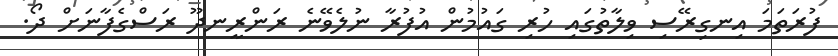
ފުރަތަމަ އިނގިރޭސި ވިލާތުގައި ހުރި ގައުމުން އުފުރާ ނުލެވޭނެ ރަންރީނދޫ ރަސްގެފާނަށް ދޯ.